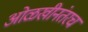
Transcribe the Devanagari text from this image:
ओळखीनंतरच